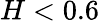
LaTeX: H<0.6